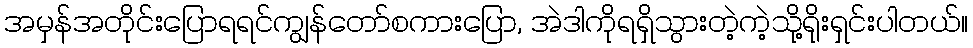
အမှန်အတိုင်းပြောရရင်ကျွန်တော်စကားပြော, အဲဒါကိုရရှိသွားတဲ့ကဲ့သို့ရိုးရှင်းပါတယ်။